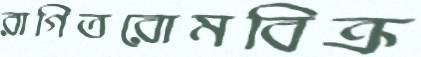
রাগিতরোমবিক্র